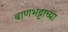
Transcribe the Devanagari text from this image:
बाणभट्टाच्या